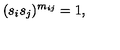
( s _ { i } s _ { j } ) ^ { m _ { i j } } = 1 ,